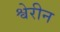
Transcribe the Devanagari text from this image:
श्वेरीन